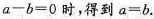
$$a-b=0$$时，得到$$a=b$$.